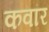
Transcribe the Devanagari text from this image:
कवांर